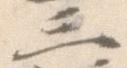
三